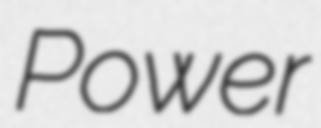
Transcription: Power